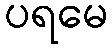
ပရမေ